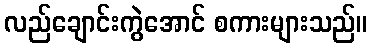
လည်ချောင်းကွဲအောင် စကားများသည်။